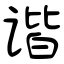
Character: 谐